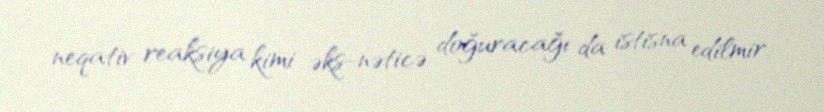
neqativ reaksiya kimi əks-nəticə doğuracağı da istisna edilmir.